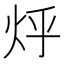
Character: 烀